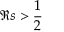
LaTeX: \Re s > { \frac { 1 } { 2 } }